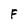
Character: F